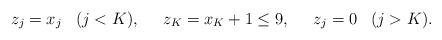
LaTeX: \begin{align*}z_j = x_j\;\;\;(j<K),\;\;\;\;\;z_K=x_K +1 \leq 9,\;\;\;\;\; z_j=0 \;\;\;(j>K).\end{align*}